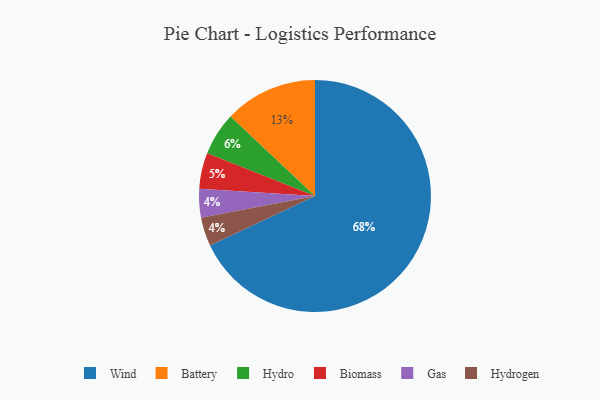
{"axis": {"x": "Category", "y": "Percentage"}, "legend": ["Battery", "Biomass", "Gas", "Hydro", "Hydrogen", "Wind"], "data": [{"x": "Biomass", "y": 5, "type": "Biomass"}, {"x": "Gas", "y": 4, "type": "Gas"}, {"x": "Hydrogen", "y": 4, "type": "Hydrogen"}, {"x": "Wind", "y": 68, "type": "Wind"}, {"x": "Battery", "y": 13, "type": "Battery"}, {"x": "Hydro", "y": 6, "type": "Hydro"}]}